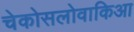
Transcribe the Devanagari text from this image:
चेकोसलोवाकिआ